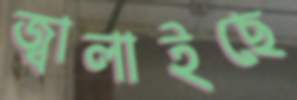
জ্বালাইছে